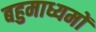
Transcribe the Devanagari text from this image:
बहुमाध्यमों